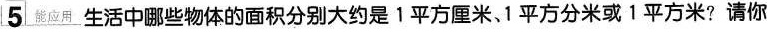
5\underline{能应用}生活中哪些物体的面积分别大约是1平方厘米、1平方分米或1平方米?请你